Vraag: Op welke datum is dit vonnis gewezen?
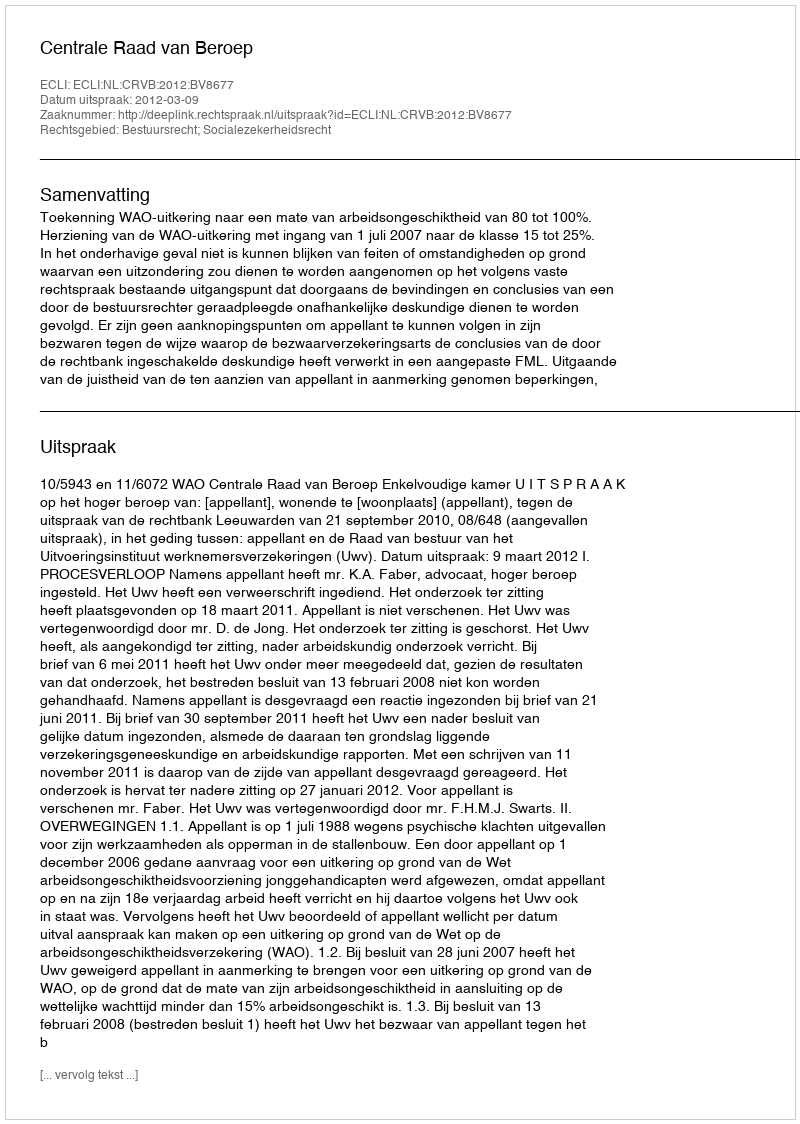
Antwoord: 2012-03-09